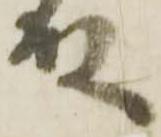
殿